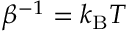
\beta ^ { - 1 } = k _ { \mathrm { { B } } } T